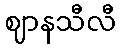
ဈာနသီလီ